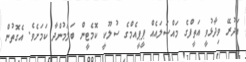
އަދުރޭ ވިދާޅުވީ އަތީފްގެ މައްސަލައެއް ޕީޕީއެމްގެ ސުލޫކީ ކޮމެޓީން ބަލަމުންދާ ކަމަށެވެ. އެގޮތުން